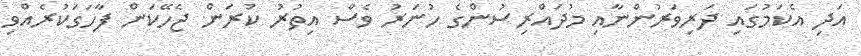
އަދި އެކަމުގައި ދަރިވަރުންނާއި މުދައްރިސުންގެ ހުނަރު ވެސް އިތުރު ކުރަން ޖެހޭކަން ފާހަގަކުރެއްވި